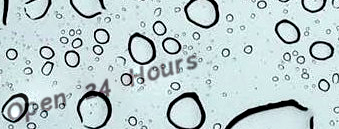
Open 24 Hours